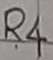
Text: R4